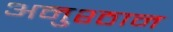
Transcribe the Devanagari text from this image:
अनुश्ठान